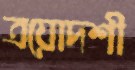
ত্রয়োদশী